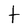
Character: t